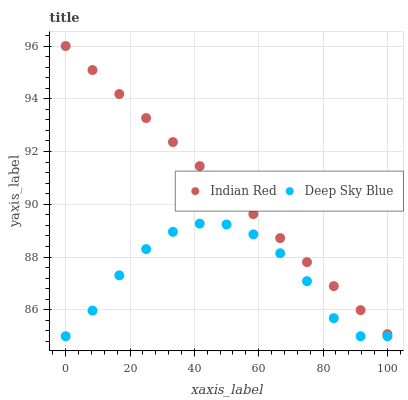
| xaxis_label | Indian Red | Deep Sky Blue |
 | --- | --- | --- |
 | 0 | 96 | 85 |
 | 8.33 | 95.1 | 86 |
 | 16.7 | 94.2 | 87.3 |
 | 25 | 93.3 | 88.3 |
 | 33.3 | 92.4 | 89 |
 | 41.7 | 91.4 | 89.3 |
 | 50 | 90.5 | 89.2 |
 | 58.3 | 89.6 | 88.9 |
 | 66.7 | 88.7 | 88.1 |
 | 75 | 87.8 | 87.1 |
 | 83.3 | 86.9 | 85.7 |
 | 91.7 | 86 | 85 |
 | 100 | 85.1 | 85 |